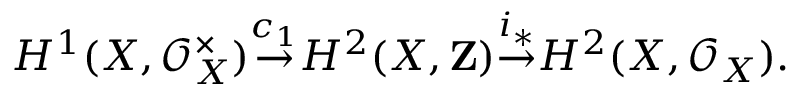
H ^ { 1 } ( X , { \mathcal { O } } _ { X } ^ { \times } ) { \stackrel { c _ { 1 } } { \to } } H ^ { 2 } ( X , \mathbf { Z } ) { \stackrel { i _ { * } } { \to } } H ^ { 2 } ( X , { \mathcal { O } } _ { X } ) .